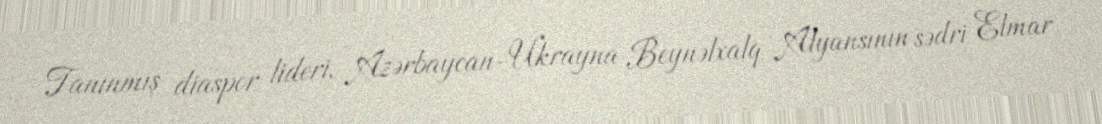
Tanınmış diaspor lideri, Azərbaycan-Ukrayna Beynəlxalq Alyansının sədri Elmar